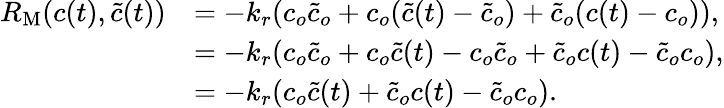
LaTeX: \begin{array}{rl}{R_{\mathrm{M}}(c(t),\tilde{c}(t))}&{=-k_{r}(c_{o}\tilde{c}_{o}+c_{o}(\tilde{c}(t)-\tilde{c}_{o})+\tilde{c}_{o}(c(t)-c_{o})),}\\ &{=-k_{r}(c_{o}\tilde{c}_{o}+c_{o}\tilde{c}(t)-c_{o}\tilde{c}_{o}+\tilde{c}_{o}c(t)-\tilde{c}_{o}c_{o}),}\\ &{=-k_{r}(c_{o}\tilde{c}(t)+\tilde{c}_{o}c(t)-\tilde{c}_{o}c_{o}).}\end{array}